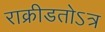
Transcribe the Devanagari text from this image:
राक्रीडतोऽत्र